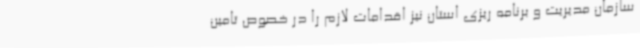
سازمان مدیریت و برنامه ریزی استان نیز اقدامات لازم را در خصوص تامین